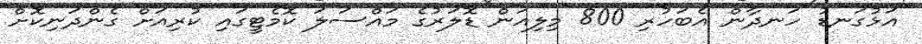
"އަޅުގަނޑު ހަނދާން އެބަހުރި 800 މިލިއަން ޑޮލަރުގެ މައްސަލަ ކޮމެޓީގައި ކުރިއަށް ގެންދަނިކޮށް